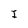
Character: I